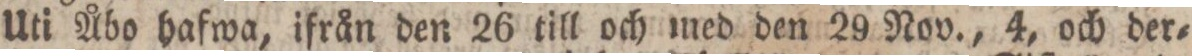
Uti Åbo hafwa, ifrån den 26 till och med den 29 Nov., 4, och der=